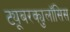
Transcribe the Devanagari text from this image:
ट्यूबरक्युलॉसिस